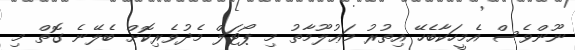
ނޫންވެސް އެމީހަކާބެހޭ އިތުރު މަޢުލޫމާތު މި ޕޯޓަލް މެދުވެރިކޮށް ބެލޭނެ ގޮތް މި